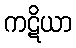
ကဋိယာ